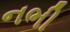
નભી